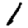
Digit: 1